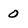
Character: 0